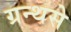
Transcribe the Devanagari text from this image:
ग्रन्थसे